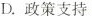
D.政策支持